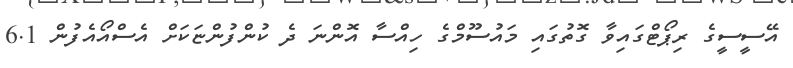
އޭސީސީގެ ރިޕޯޓްގައިވާ ގޮތުގައި މައުސޫމްގެ ހިއްސާ އޮންނަ ދެ ކުންފުންޏަކަށް އެސްއޯއެފުން 6.1